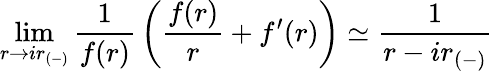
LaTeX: \operatorname*{lim}_{r\rightarrow ir_{(-)}}{\frac{1}{f(r)}}\left({\frac{f(r)}{r}}+f^{\prime}(r)\right)\simeq{\frac{1}{r-ir_{(-)}}}